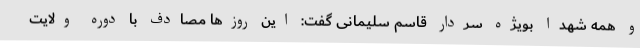
و همه شهدا بویژه سردار قاسم سلیمانی گفت: این روزها مصادف با دوره ولایت